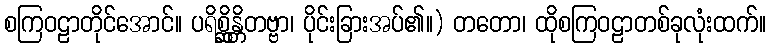
စကြဝဠာတိုင်အောင်။ ပရိစ္ဆိန္တိတဗ္ဗာ၊ ပိုင်းခြားအပ်၏။) တတော၊ ထိုစကြဝဠာတစ်ခုလုံးထက်။